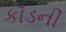
કૉડની